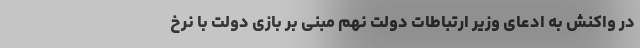
در واکنش به ادعای وزیر ارتباطات دولت نهم مبنی بر بازی دولت با نرخ